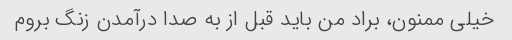
خیلی ممنون، براد من باید قبل از به صدا درآمدن زنگ بروم